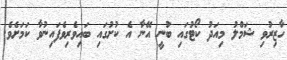
ހާޒިރުވި ޝަމްލު މިއަދު ކޯޓުގައި ބުނީ އޭނާ އެ ކުށުގައި ބައިވެރިވެފައިނުވާ ކަމަށެވެ.